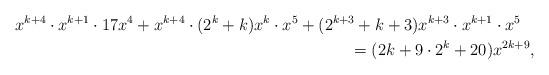
LaTeX: \begin{align*}\begin{multlined}x^{k+4} \cdot x^{k+1} \cdot 17 x^4+x^{k+4} \cdot (2^k+k)x^k \cdot x^5+(2^{k+3}+k+3)x^{k+3} \cdot x^{k+1} \cdot x^5 \\= (2 k + 9\cdot2^k + 20) x^{2 k + 9},\end{multlined}\end{align*}